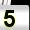
Digit: 5